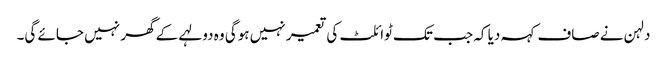
دلہن نے صاف کہہ دیا کہ جب تک ٹوائلٹ کی تعمیر نہیں ہوگی وہ دولہے کے گھر نہیں جائے گی۔